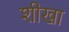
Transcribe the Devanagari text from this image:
शीखा